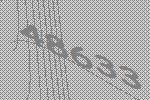
48633